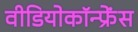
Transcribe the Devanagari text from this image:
वीडियोकॉन्फ्रेंस